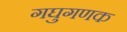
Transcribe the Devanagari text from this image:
गघुगणक